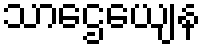
သာဌေယျေန